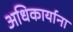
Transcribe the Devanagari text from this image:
अधिकार्याना